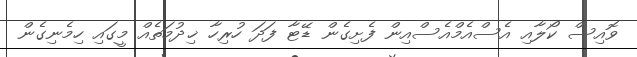
ވޮއިސް ކޯލާއި އެސްއެމްއެސްއިން ފެށިގެން ޑޭޓާ ފަދަ ހުރިހާ ޚިދުމަތެއް މީގައި ހިމެނިގެން